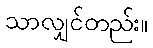
သာလျှင်တည်း။